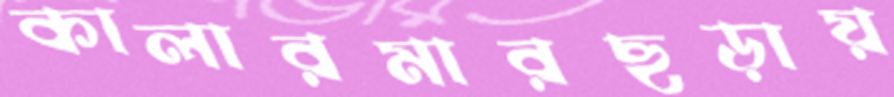
কালারমারছড়ায়